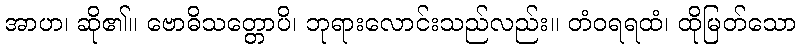
အာဟ၊ ဆို၏။ ဗောဓိသတ္တောပိ၊ ဘုရားလောင်းသည်လည်း။ တံဝရရထံ၊ ထိုမြတ်သော